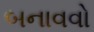
બનાવવો